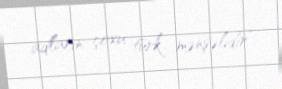
adların çoxu türk mənşəlidir”.